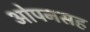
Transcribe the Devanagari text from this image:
ओपनसह